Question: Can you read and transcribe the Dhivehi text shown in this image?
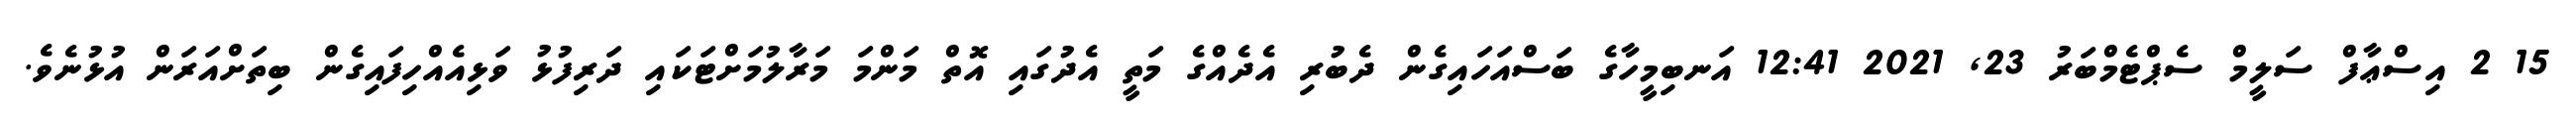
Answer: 15 2 އިސްޢާފް ސަލީމް ސެޕްޓެމްބަރު 23, 2021 12:41 އަނބިމީހާގެ ބަސްއަހައިގެން ދެބުރި އެދެއްގެ މަތީ އެދުގައި އޮތް މަންމަ މަރާލުމަށްޓަކައި ދަރިފުޅު ވަޅިއެއްހިފައިގެން ބިތަށްއަރަން އުޅުނެވެ.